Lunatic asylums Madras 1877-1891 - 1877-1891
Year: 1877
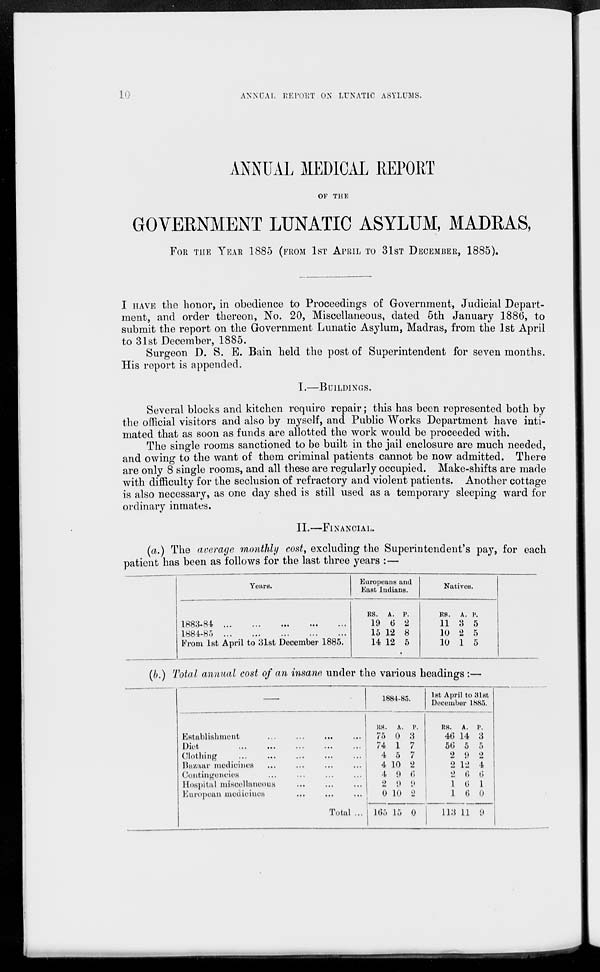
10
ANNUAL REPORT ON LUNATIC ASYLUMS.
ANNUAL MEDICAL REPORT
OF THE
GOVERNMENT LUNATIC ASYLUM, MADRAS,
FOR THE YEAR 1885 (FROM 1ST APRIL TO 31ST DECEMBER, 1885).
I HAVE the honor, in obedience to Proceedings of Government, Judicial Depart-
ment, and order thereon, No. 20, Miscellaneous, dated 5th January 1886, to
submit the report on the Government Lunatic Asylum, Madras, from the 1st April
to 31st December, 1885.
Surgeon D. S. E. Bain held the post of Superintendent for seven months.
His report is appended.
I.—BUILDINGS.
Several blocks and kitchen require repair; this has been represented both by
the official visitors and also by myself, and Public Works Department have inti-
mated that as soon as funds are allotted the work would be proceeded with.
The single rooms sanctioned to be built in the jail enclosure are much needed,
and owing to the want of them criminal patients cannot be now admitted. There
are only 8 single rooms, and all these are regularly occupied. Make-shifts are made
with difficulty for the seclusion of refractory and violent patients. Another cottage
is also necessary, as one day shed is still used as a temporary sleeping ward for
ordinary inmates.
II.—FINANCIAL.
(a.) The average monthly cost, excluding the Superintendent's pay, for each
patient has been as follows for the last three years :—
Years.
1883-84 ...
...
...
...
...
1884-85 ... ... ... ... ...
From 1st April to 31st December 1885.
Europeans and
East Indians.
RS.
19
15
14
A.
6
12
12
P.
2
8
5
Natives.
RS.
11
10
10
A.
3
2
1
P.
5
5
5
(b.) Total annual cost of an insane under the various headings:—
—
Establishment ... ...
...
...
Diet ... ... ... ... ...
Clothing ... ... ... ... ...
Bazaar medicines ... ... ... ...
Contingencies ... ... ... ...
Hospital miscellaneous ... ... ...
European medicines ... ... ...
Total ...
1884-85.
RS.
75
74
4
4
4
2
0
165
A.
0
1
5
10
9
9
10
15
P.
3
7
7
2
6
9
2
0
1st April to 31st
December 1885.
RS.
46
56
2
2
2
1
1
113
A.
14
5
9
12
6
6
6
11
P.
3
5
2
4
6
1
0
9